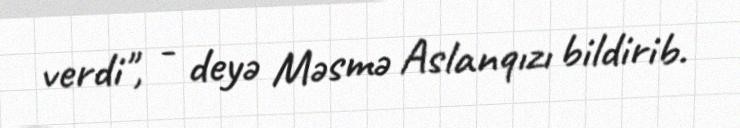
verdi", - deyə Məsmə Aslanqızı bildirib.